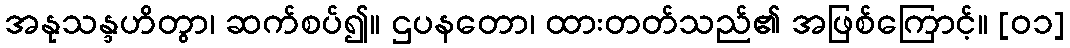
အနုသန္ဒဟိတွာ၊ ဆက်စပ်၍။ ဌပနတော၊ ထားတတ်သည်၏ အဖြစ်ကြောင့်။ [၀၁]